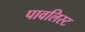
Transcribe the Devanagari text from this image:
पावलिस्ट